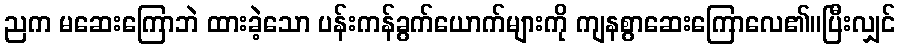
ညက မဆေးကြောဘဲ ထားခဲ့သော ပန်းကန်ခွက်ယောက်များကို ကျနစွာဆေးကြောလေ၏။ပြီးလျှင်